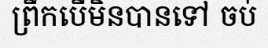
ព្រឹកបើមិនបានទៅ ចប់